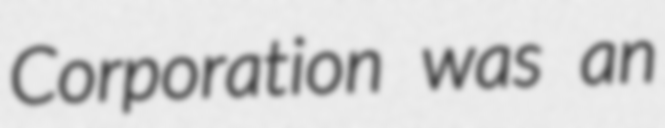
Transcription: Corporation was an